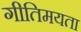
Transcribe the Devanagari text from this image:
गीतिमयता